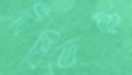
বিঁধিতেছ